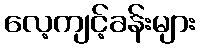
လေ့ကျင့်ခန်းများ